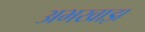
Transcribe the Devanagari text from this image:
अभखाझ